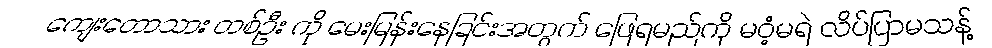
ကျေးတောသား တစ်ဦး ကို မေးမြန်းနေခြင်းအတွက် ဖြေရမည်ကို မဝံ့မရဲ လိပ်ပြာမသန့်